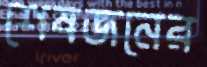
শেষজনের